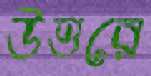
উত্তরে